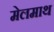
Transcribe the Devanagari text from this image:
मेलमाथ